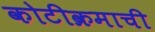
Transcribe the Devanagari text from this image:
कोटीक्रमाची